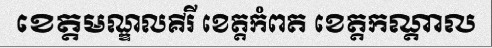
ខេត្តមណ្ឌលគីរី ខេត្តកំពត ខេត្តកណ្តាល